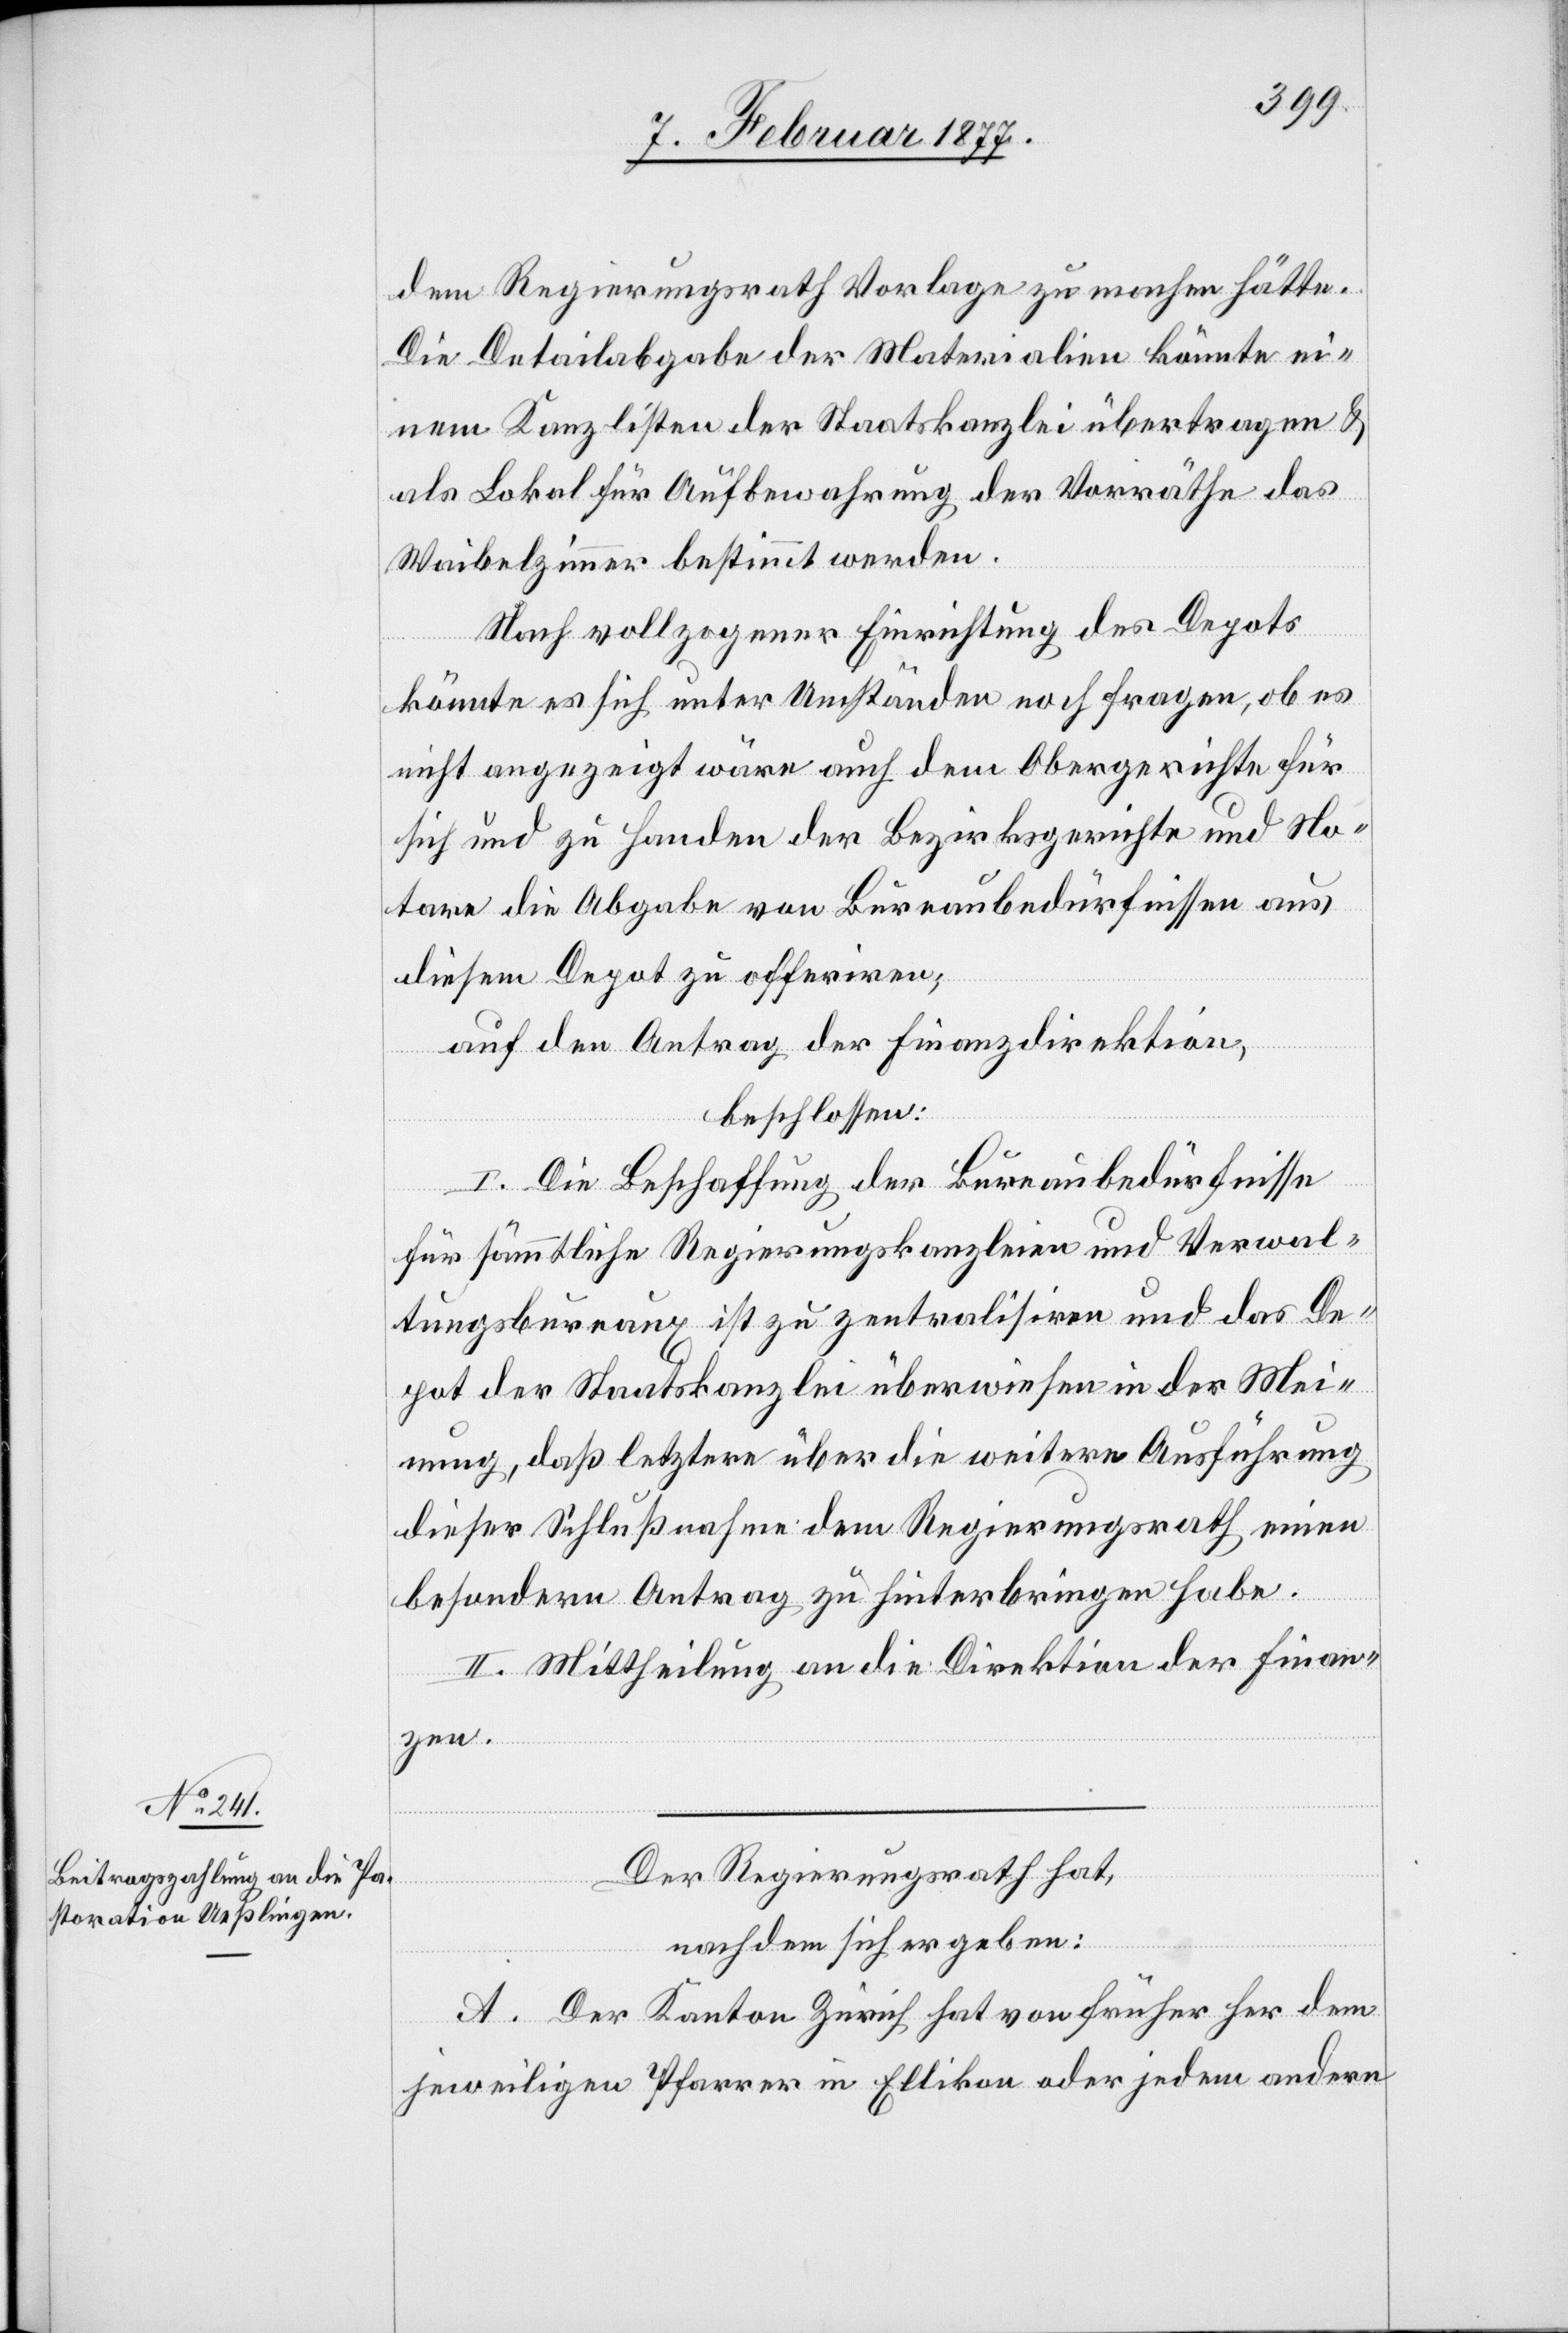
dem Regierungsrath Vorlage zu machen hätte.
Die Detailabgabe der Materialien könnte ei¬
nem Kanzlisten der Staatskanzlei übertragen &
als Lokal für Aufbewahrung der Vorräthe das
Waibelzimmer bestimmt werden.
Nach vollzogener Einrichtung des Depots
könnte es sich unter Umständen noch Fragen, ob es
nicht angezeigt wäre auch dem Obergerichte und
tare die Abgabe von Bureaubedürfnissen aus
diesem Depot zu offeriren;
auf den Antrag der Finanzdirektion,
beschlossen:
I. Die Beschaffung der Bureaubedürfnisse
für sämmtliche Regierungskanzleien und Verwal¬
tungsbureaux ist zu zentralisiren und das De¬
pot der Staatskanzlei überwiesen in der Mei¬
nung, daß letztere über die weitere Ausführung
dieser Schlußnahme dem Regierungsrath einen
besondern Antrag zu hinterbringen habe.
II. Mittheilung an die Direktion der Finan¬
zen.
Der Regierungsrath hat,
No¬
nachdem sich ergeben:
A. Der Kanton Zürich hat von früher her dem
jeweiligen Pfarrer in Ellikon oder jedem andern